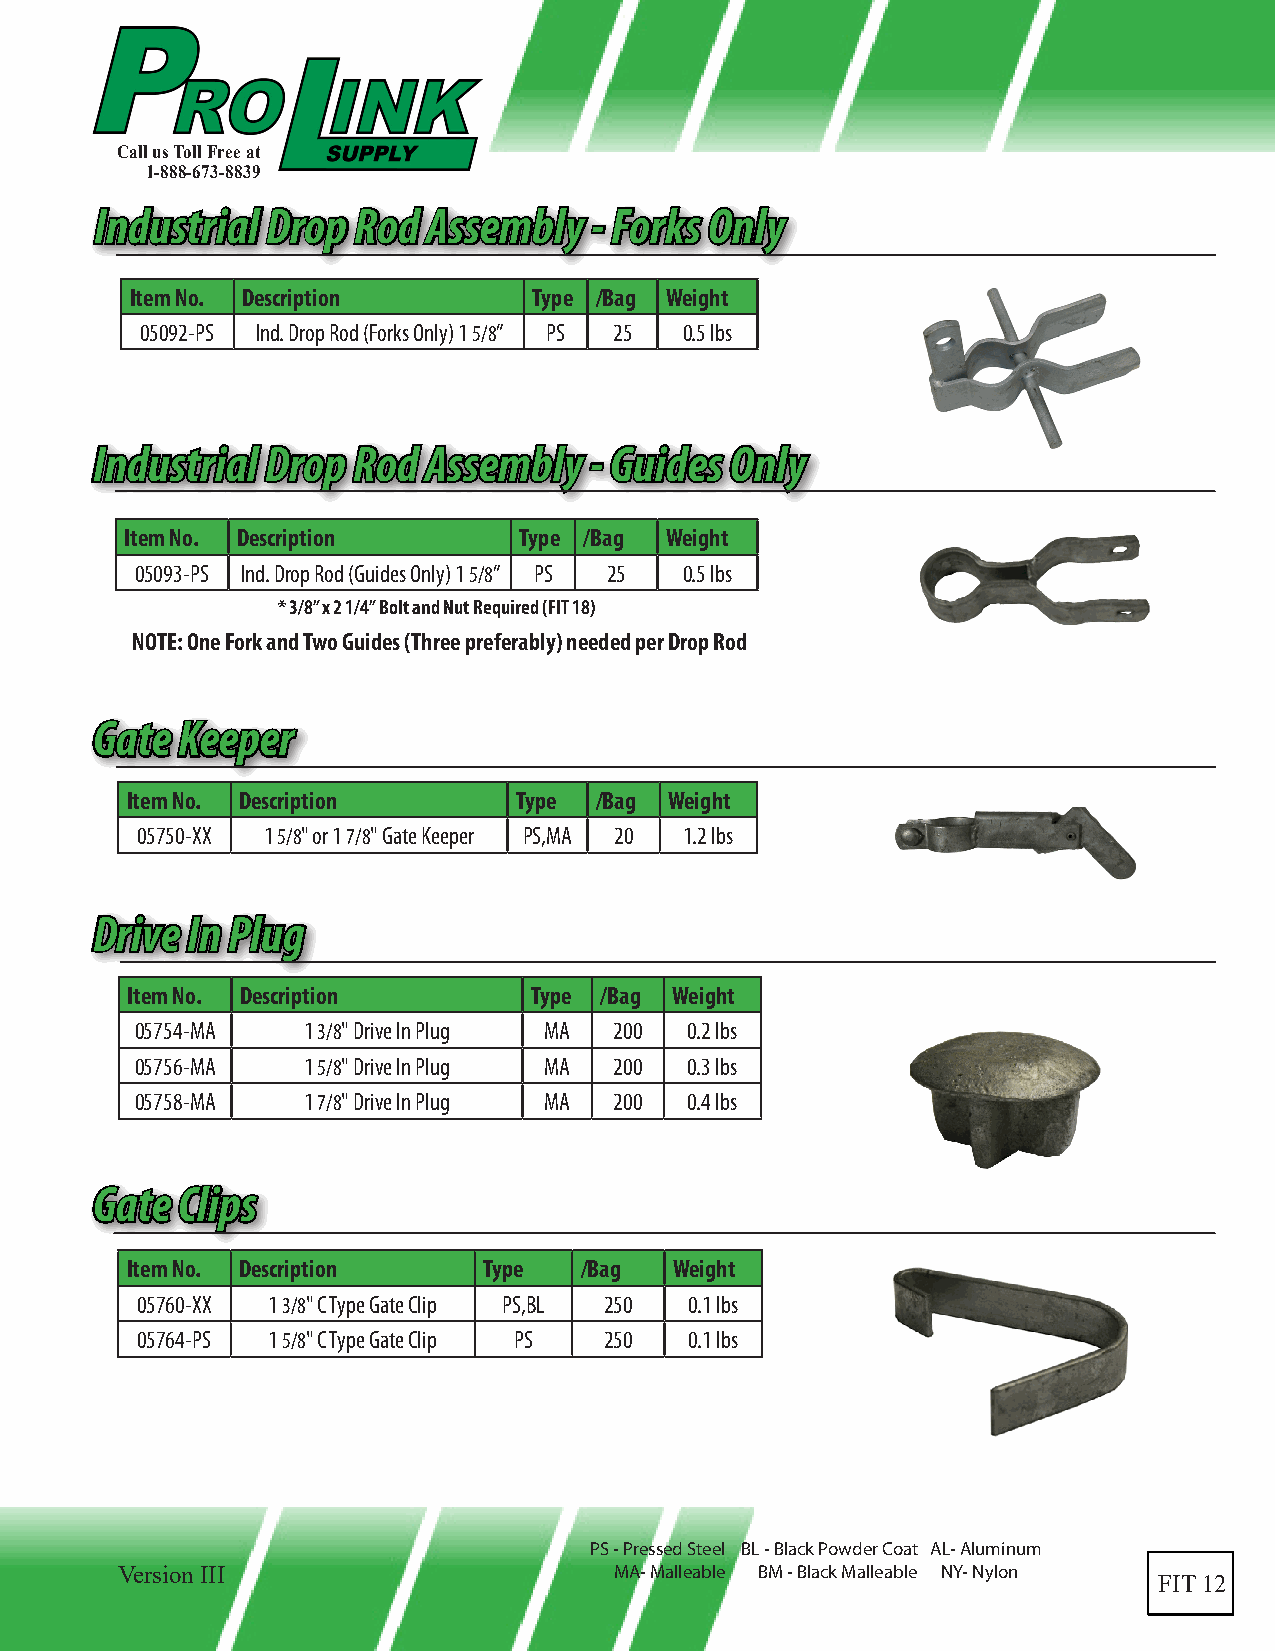
Call us Toll Free at
 1-888-673-8839
 IInndduussttrriiaall DDrroopp RRoodd AAsssseemmbbllyy -- FFoorrkkss OOnnllyy
 Item No. Description      Type /Bag Weight
 05092-PS Ind. Drop Rod (Forks Only) 1 5/8” PS 25 0.5 lbs
 IInndduussttrriiaall DDrroopp RRoodd AAsssseemmbbllyy -- GGuuiiddeess OOnnllyy
 Item No. Description      Type /Bag Weight
 05093-PS Ind. Drop Rod (Guides Only) 1 5/8” PS 25 0.5 lbs
 * 3/8” x 2 1/4” Bolt and Nut Required (FIT 18)
 NOTE: One Fork and Two Guides (Three preferably) needed per Drop Rod
 GGaattee KKeeeeppeerr
 Item No. Description      Type /Bag Weight
 05750-XX 1 5/8" or 1 7/8" Gate Keeper PS,MA 20 1.2 lbs
 DDrriivvee IInn PPlluugg
 Item No. Description       Type /Bag Weight
 05754-MA   1 3/8" Drive In Plug MA 200 0.2 lbs
 05756-MA   1 5/8" Drive In Plug MA 200 0.3 lbs
 05758-MA   1 7/8" Drive In Plug MA 200 0.4 lbs
 GGaattee CClliippss
 Item No. Description    Type  /Bag   Weight
 05760-XX 1 3/8" C Type Gate Clip PS,BL 250 0.1 lbs
 05764-PS 1 5/8" C Type Gate Clip PS 250 0.1 lbs
 PS - Pressed Steel BL - Black Powder Coat AL- Aluminum
 Version III                      MA- Malleable BM - Black Malleable NY- Nylon
 FIT 12